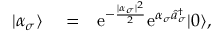
\begin{array} { r l r } { | \alpha _ { \sigma } \rangle } & { { } = } & { \mathrm { e } ^ { - \frac { | \alpha _ { \sigma } | ^ { 2 } } { 2 } } \mathrm { e } ^ { \alpha _ { \sigma } \hat { a } _ { \sigma } ^ { \dagger } } | 0 \rangle , } \end{array}